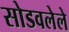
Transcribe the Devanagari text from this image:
सोडवलेले